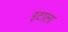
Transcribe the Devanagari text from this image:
इटाला